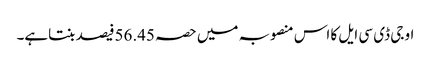
او جی ڈی سی ایل کا اس منصوبہ میں حصہ 56.45فیصد بنتاہے۔